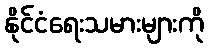
နိုင်ငံရေးသမားများကို